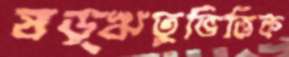
ষড়্ঋতুভিত্তিক